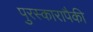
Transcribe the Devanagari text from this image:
पुरस्कारापैकी